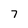
Character: 7